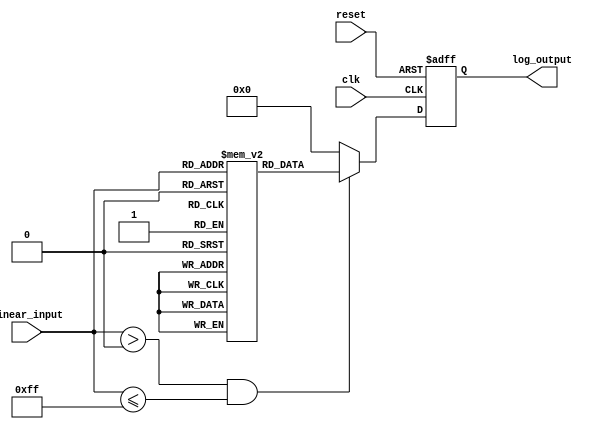
module LogarithmicScalingCircuit (
    input wire [7:0] linear_input,  // 8-bit linear input (0 to 255)
    input wire clk,
    input wire reset,
    output reg [7:0] log_output  // 8-bit output for logarithmic value
);

    // Lookup table for log2 values (only for values 1 to 255)
    reg [7:0] log2_lut [0:255];

    // Initialization of the lookup table
    initial begin
        // Pre-compute log base 2 values (approximation)
        log2_lut[0] = 8'd0;  // log(0) is undefined; handle this case as we wish
        log2_lut[1] = 8'd0;  // log2(1) = 0
        log2_lut[2] = 8'd1;  // log2(2) = 1
        // (Fill in other values appropriately. Below is just a partial fill)
        log2_lut[3] = 8'd1;  // log2(3) ~ 1.585... (can adjust representation)
        log2_lut[4] = 8'd2;  // log2(4) = 2
        log2_lut[5] = 8'd2;  // log2(5) ~ 2.321... (can adjust representation)
        log2_lut[6] = 8'd2;  // log2(6) ~ 2.585... (can adjust representation)
        // you would need to calculate and assign values for each case up to 255.
        // This is just a simplification.
        log2_lut[255] = 8'd7;  // log2(255) ~ 7.996 (again, depends on how you wish to represent)
    end

    // Sequential logic to compute logarithm on clock edge
    always @(posedge clk or posedge reset) begin
        if (reset) begin
            log_output <= 8'd0;  // Reset output to zero
        end else begin
            if (linear_input > 0 && linear_input <= 255) begin
                log_output <= log2_lut[linear_input]; // Get log2 value from the LUT
            end else begin
                log_output <= 8'd0; // Handle case for input 0 or out of bounds
            end
        end
    end

endmodule